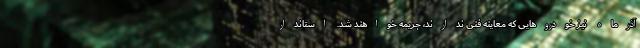
آذرماه نیز خودروهایی که معاینه فنی ندارند، جریمه خواهند شد. استاندار